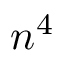
n ^ { 4 }